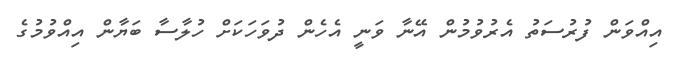
އިއްވަން ފުރުސަތު އެރުވުމުން އޭނާ ވަނީ އެހެން ދުވަހަކަށް ހުލާސާ ބަޔާން އިއްވުމުގެ